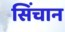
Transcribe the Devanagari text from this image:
सिंचान